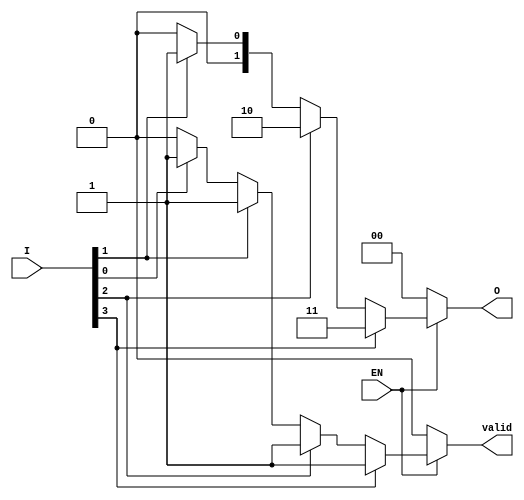
module priority_encoder (
    input wire [3:0] I,    // 4 input lines
    input wire EN,         // Enable signal
    output reg [1:0] O,    // 2 output lines
    output reg valid       // Signal to indicate valid output
);

    always @(*) begin
        if (!EN) begin
            // If ENABLE is low, set outputs to default state (0)
            O = 2'b00;
            valid = 1'b0; // Indicates invalid output
        end else begin
            // Default output in case no valid input is detected
            O = 2'b00;
            valid = 1'b0; // Start with invalid output
            
            // Priority encoding logic
            if (I[3]) begin
                O = 2'b11; // Output for I3
                valid = 1'b1;
            end else if (I[2]) begin
                O = 2'b10; // Output for I2
                valid = 1'b1;
            end else if (I[1]) begin
                O = 2'b01; // Output for I1
                valid = 1'b1;
            end else if (I[0]) begin
                O = 2'b00; // Output for I0
                valid = 1'b1;
            end
        end
    end

endmodule